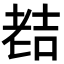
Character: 𮋜